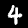
Digit: 4